Source: Computer-generated
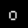
Digit: ၀ (0)